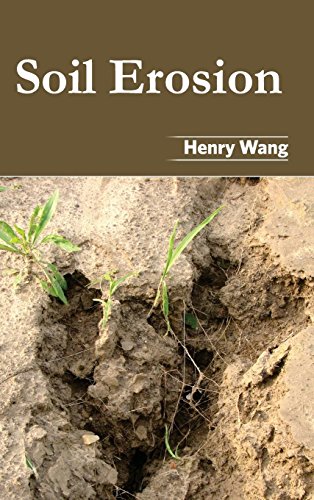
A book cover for Soil Erosion; Science & Math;